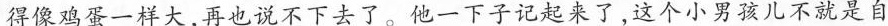
得像鸡蛋一样大，再也说不下去了。他一下子记起来了，这个小男孩儿不就是自